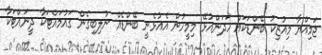
ޖަމިއްޔާ މިއުޒިކު ބޭންޑަކައް ހަދަންއުޅޭ މިމީހުން އެއުޅެނީ ބޭންޑެއް ނުލިބިގެން ގައުމައްޓަކާ ދީނައްޓަކާ